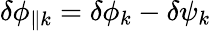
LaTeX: \delta\phi_{\parallel{k}}=\delta\phi_{k}-\delta\psi_{k}